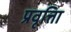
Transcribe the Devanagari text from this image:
प्रवृत्तिा